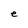
Character: e